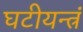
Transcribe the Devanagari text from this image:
घटीयन्त्रं